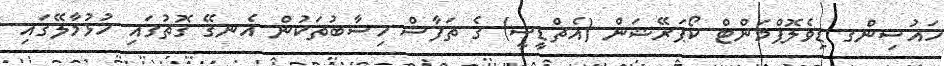
ހައުސިންގ ޑިވެލޮޕްމަންޓް ކޯޕަރޭޝަން (އެޗްޑީސީ) ގެ ތަފާސް ހިސާބުތަކުން އެނގޭ ގޮތުގައި ހުޅުމާލޭގައި